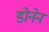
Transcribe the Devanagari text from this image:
डोनेन